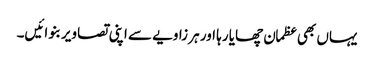
یہاں بھی عظمان چھایا رہا اور ہر زاویے سے اپنی تصاویر بنوائیں۔